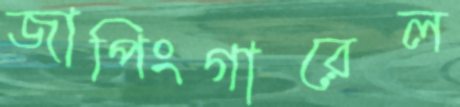
জাপিংগারেল